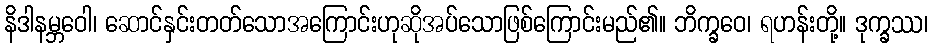
နိဒါနမ္ဘဝေါ၊ ဆောင်နှင်းတတ်သောအကြောင်းဟုဆိုအပ်သောဖြစ်ကြောင်းမည်၏။ ဘိက္ခဝေ၊ ရဟန်းတို့။ ဒုက္ခဿ၊